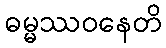
ဓမ္မဿဝနေတိ